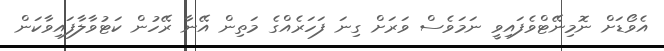
އެވޯޑަށް ނޮމިނޭޓްވެފައިވީ ނަމަވެސް ވަރަށް ގިނަ ފަހަރެއްގެ މަތިން އޭނާ ރޭހުން ކަޓުވާލާފައިވާކަން